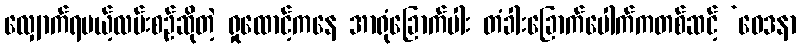
လျှောက်ရမယ့်လမ်းစဉ်ဆိုတဲ့ ရှုထောင့်ကနေ အာရုံခြောက်ပါး တံခါးခြောက်ပေါက်ကတစ်ဆင့် ‘ဝေဒနာ